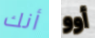
أنك أوو